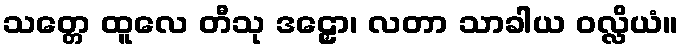
သတ္တေ ထူလေ တီသု ဒဠှော၊ လတာ သာခါယ ဝလ္လိယံ။